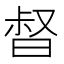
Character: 𣈉